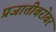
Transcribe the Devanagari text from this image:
प्रजातीबरोबर